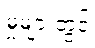
မှုများတွင်